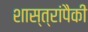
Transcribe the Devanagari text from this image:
शास्त्रांपैकी